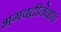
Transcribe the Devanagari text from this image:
भगवद्गीतेचाच